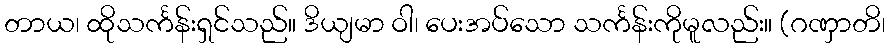
တာယ၊ ထိုသင်္ကန်းရှင်သည်။ ဒိယျမာ ဝါ၊ ပေးအပ်သော သင်္ကန်းကိုမူလည်း။ (ဂဏှာတိ၊